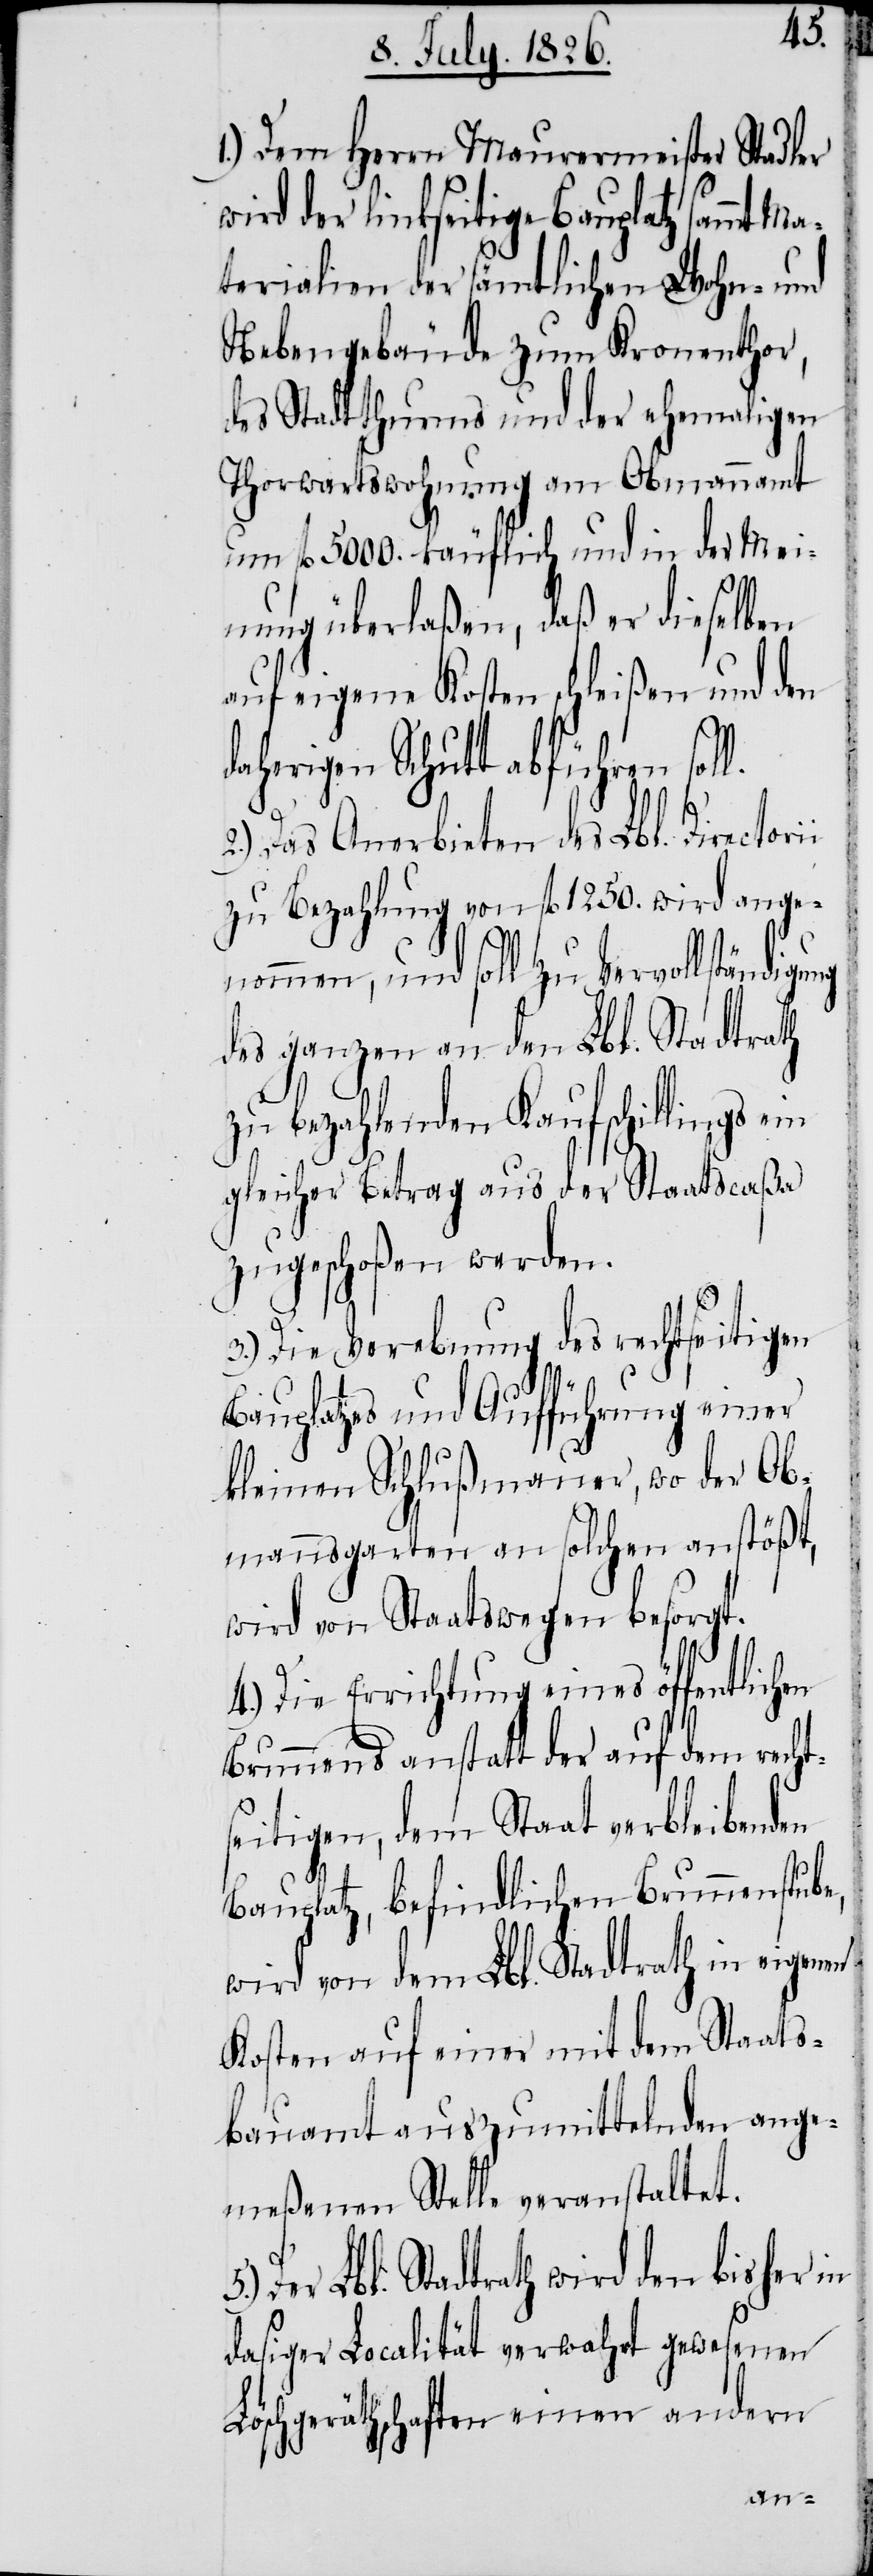
e,
1.) Dem Herrn Maurermeister Stadler
wird der linkseitige Bauplatz sammt
terialien der sämtlichen Wohn- und
Nebengebäude zum Kronenthor,
des Stadtthurms und der ehemaligen
Thorwartswohnung am Obmannamt
um fl. 5000. käuflich und in der Mei¬
nung überlaßen, daß er dieselben
auf eigene Kosten schleißen und den
daherigen Schutt abführen sol¬
Das Anerbieten des Lbl. Director¬
zu Bezahlung von fl. 1250. wird ange¬
nommen, und soll zu Vervollständi¬
des ganzen an den Lbl. Stadtrath
zu bezahlenden Kaufschillings
gleicher Betrag aus der Staatscaßa
zugeschoßen werden.
3.) Die Verebnung des rechtseitigen
Bauplatzes und Aufführung einer
kleinen Schlußmauer, wo der Ob¬
mannsgarten an solchen anstößt,
wird von Staatswegen besorgt.
4.) Die Errichtung eines öffentlichen
Brunnens anstatt der auf dem recht¬
seitigen, dem Staat verbleibenden
Bauplatz, befindlichen Brunnenstub¬
wird von dem Lbl. Stadtrath in eigenen
Kosten auf einer mit dem Staats¬
bauamt auszumittelnden ange¬
meßenen Stelle veranstaltet.
Der Lbl. Stadtrath wir den bisher in
dasiger Localität verwahrt gewesenen
Löschgeräthschaften einen andern
gung